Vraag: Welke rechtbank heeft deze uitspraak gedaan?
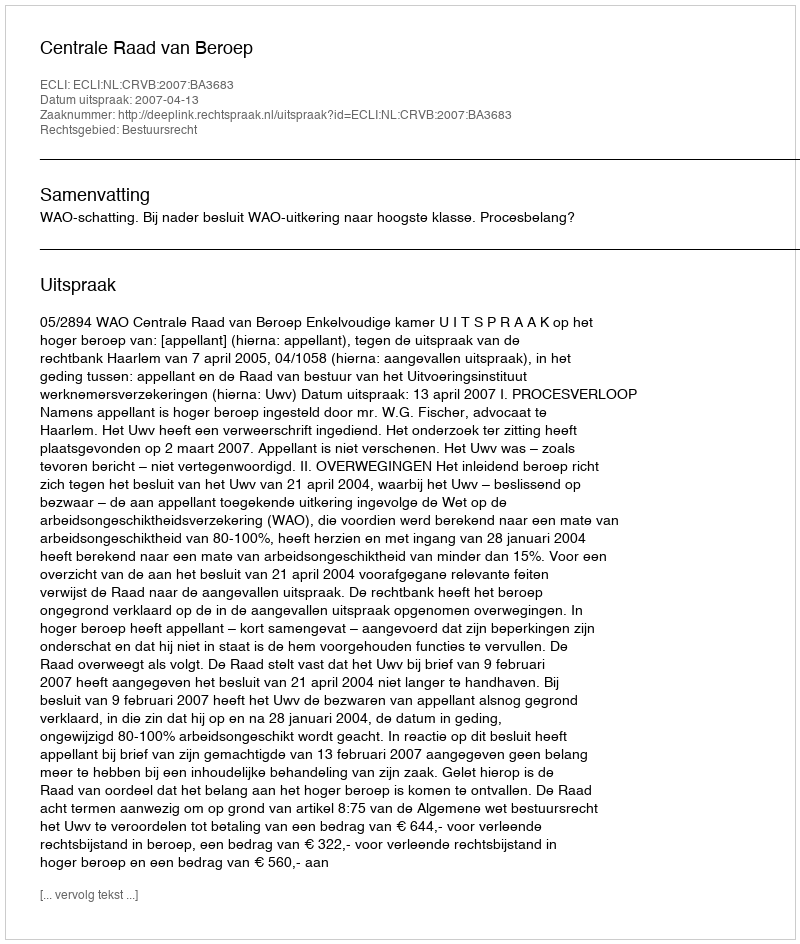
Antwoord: Centrale Raad van Beroep